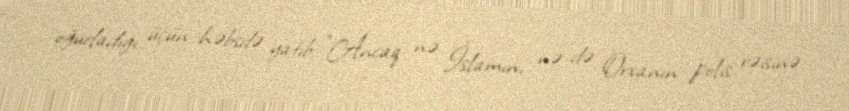
oğurladığı üçün həbsdə yatıb: “Ancaq nə İslamın, nə də Orxanın polis rəisinə